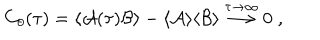
C _ { \theta } ( \tau ) = \langle { \cal A } ( \tau ) { \cal B } \rangle - \langle { \cal A } \rangle \langle { \cal B } \rangle \stackrel { \tau \rightarrow \infty } { \longrightarrow } 0 \; ,